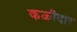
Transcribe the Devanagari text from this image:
कळीदार